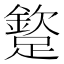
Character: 𨅠